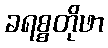
ခရစ္စတိုဖာ